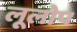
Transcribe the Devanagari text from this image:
लूलोप